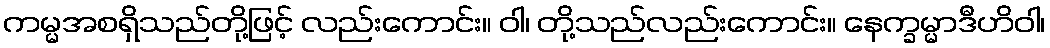
ကမ္မအစရှိသည်တို့ဖြင့် လည်းကောင်း။ ဝါ၊ တို့သည်လည်းကောင်း။ နေက္ခမ္မာဒီဟိဝါ၊